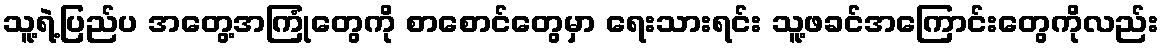
သူ့ရဲ့ပြည်ပ အတွေ့အကြုံတွေကို စာစောင်တွေမှာ ရေးသားရင်း သူ့ဖခင်အကြောင်းတွေကိုလည်း